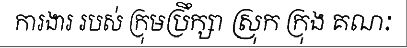
ការងារ របស់ ក្រុមប្រឹក្សា ស្រុក ក្រុង គណៈ